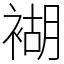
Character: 𧛞